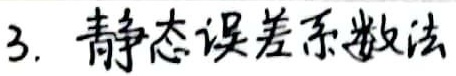
3. 静态误差系数法